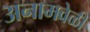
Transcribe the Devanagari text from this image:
अनामवेळी